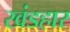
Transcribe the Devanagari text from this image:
खंडहार